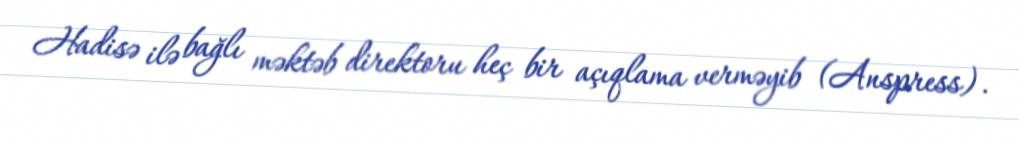
Hadisə ilə bağlı məktəb direktoru heç bir açıqlama verməyib (Anspress).